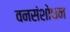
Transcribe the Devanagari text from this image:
वनसंशोधन